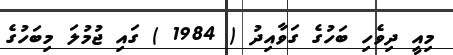
މިއީ ދިވެހި ބަހުގެ ގަވާއިދު ( 1984 ) ގައި ޖުމުލަ މިބަހުގެ